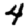
Digit: 4